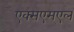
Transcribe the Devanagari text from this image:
एक्सएम्एल